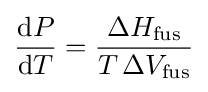
{\frac {\mathrm {d} P}{\mathrm {d} T}}={\frac {\Delta H_{\text{fus}}}{T\,\Delta V_{\text{fus}}}}